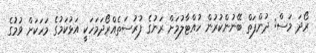
ރޯދަ މަސް: ދުންފަތް ބޭނުންކުރުން ހުއްޓާލުމަށް ރަނުގެ ފުރުސަތެއްރޯދަމަހަކީ އަޅުކަމުގެ މަހަކަށް ވުމުގެ